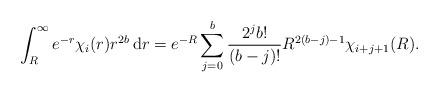
LaTeX: \begin{align*} \int_R^\infty e^{-r}\chi_i(r) r^{2b} \,\mathrm{d}r = e^{-R}\sum_{j=0}^b \frac{2^j b!}{(b-j)!} R^{2(b-j)-1} \chi_{i+j+1}(R). \end{align*}